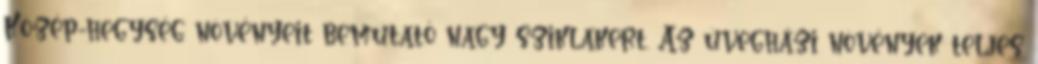
Közép-hegység növényeit bemutató nagy sziklakert. Az üvegházi növények teljes